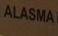
alasma